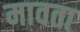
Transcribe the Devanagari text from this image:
मावता